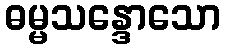
ဓမ္မသန္ဒောသော